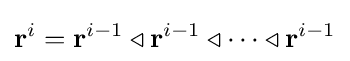
\mathbf {r} ^{i}=\mathbf {r} ^{i-1}\triangleleft \mathbf {r} ^{i-1}\triangleleft \dots \triangleleft \mathbf {r} ^{i-1}